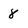
Character: 8